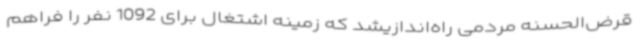
قرض‌الحسنه مردمی راه‌اندازیشد که زمینه اشتغال برای 1092 نفر را فراهم